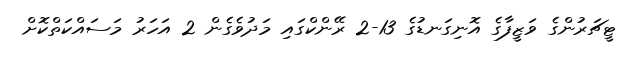
ޓީޗަރުންގެ ވަޒީފާގެ އޮނިގަނޑުގެ 13-2 ރޭންކްގައި މަދުވެގެން 2 އަހަރު މަސައްކަތްކޮށް